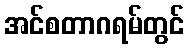
အင်စတာဂရမ်တွင်